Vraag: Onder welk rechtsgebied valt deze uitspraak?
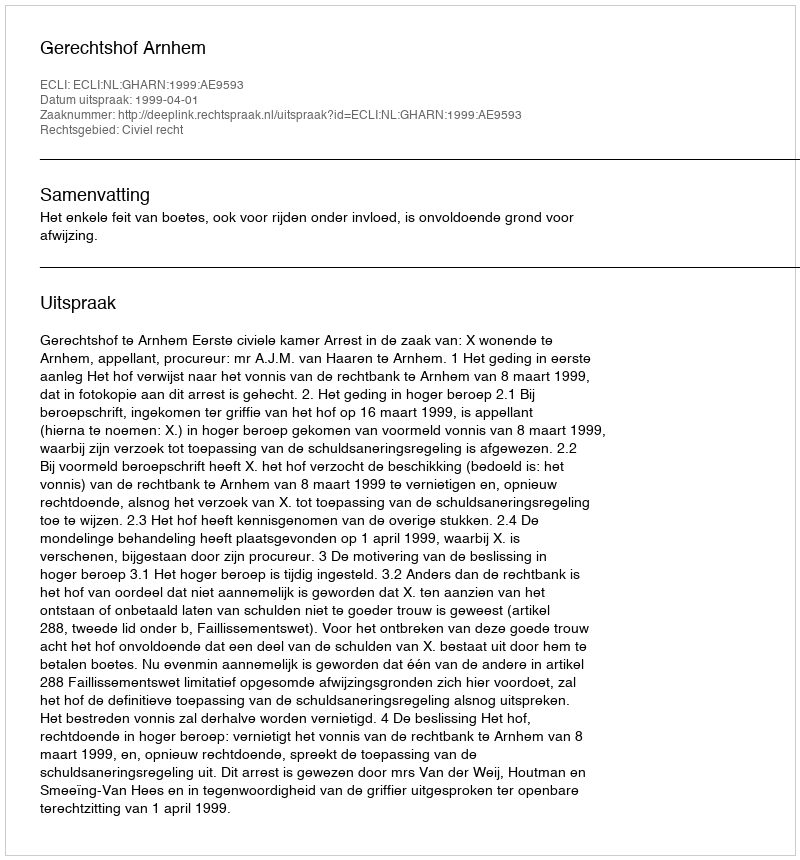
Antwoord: Civiel recht